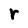
Character: r